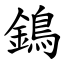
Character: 鵭